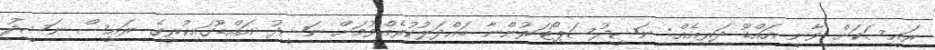
ރައީސަކަށް ވާނީ އައްޑޫ ދަރިއެއް: ނަޝީދުސަޕޯޓަރުންނާ ބައްދަލުކުރެއްވުމަށް ނަޝީދު އައްޑޫގައިކުރީގެ ރައީސް ނަޝީދު